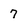
Character: 7